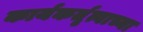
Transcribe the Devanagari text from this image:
कार्यकर्तृत्वाच्या